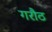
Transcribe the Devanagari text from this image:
गरौठ